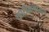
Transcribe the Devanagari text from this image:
कोटीक्रमांनाच